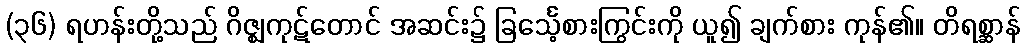
(၃၆) ရဟန်းတို့သည် ဂိဇ္ဈကုဋ်တောင် အဆင်း၌ ခြင်္သေ့စားကြွင်းကို ယူ၍ ချက်စား ကုန်၏။ တိရစ္ဆာန်